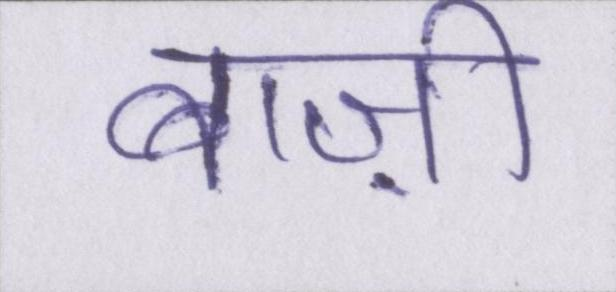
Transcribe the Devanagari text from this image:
बाज़ी